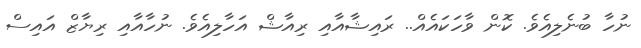
ނުހާ ބުނެލިއެވެ. ކޮން ވާހަކައެއް.. ރައިޝާއާއި ރިއާޝް އަހާލިއެވެ. ނުހާއާއި ރިޔާޒް އައިސް